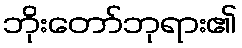
ဘိုးတော်ဘုရား၏